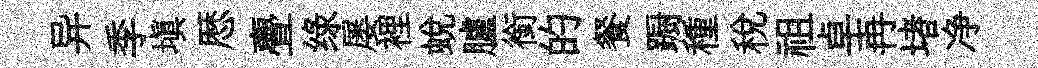
异季填厯亹绿屡裡蜕臚銜的餐蹰種稅祖卓再堵净